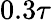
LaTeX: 0.3\tau